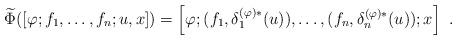
LaTeX: \begin{align*}\widetilde\Phi([\varphi;f_1,\dots,f_n;u,x])= \left[\varphi;(f_1,\delta^{(\varphi)\ast}_1(u)),\dots,(f_n,\delta^{(\varphi)\ast}_n(u));x\right]\ .\end{align*}